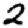
Digit: 2